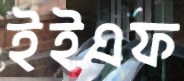
ইইএফ